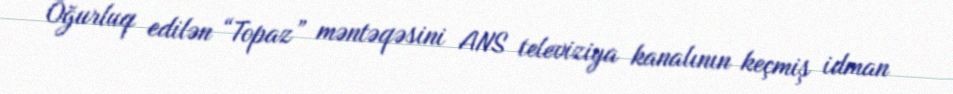
Oğurluq edilən “Topaz” məntəqəsini ANS televiziya kanalının keçmiş idman